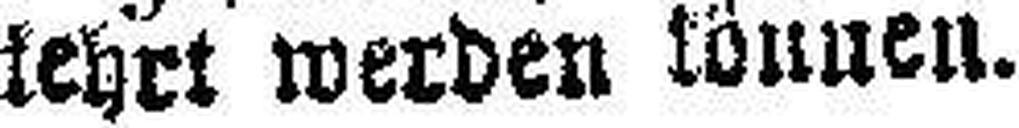
kehrt werden können.